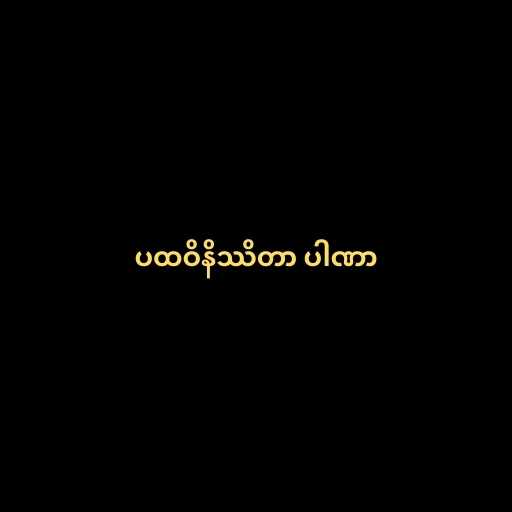
ပထဝိနိဿိတာ ပါဏာ